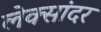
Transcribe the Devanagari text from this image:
लेक्सांदर